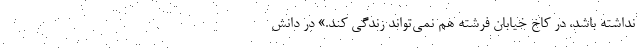
نداشته باشد، در کاخ خیابان فرشته هم نمی‌تواند زندگی کند.» در دانش